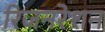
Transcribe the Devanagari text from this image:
रिजनरेशन